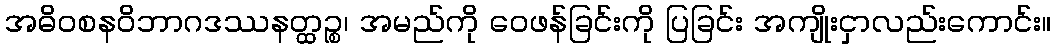
အဓိဝစနဝိဘာဂဒဿနတ္ထဉ္စ၊ အမည်ကို ဝေဖန်ခြင်းကို ပြခြင်း အကျိုးငှာလည်းကောင်း။